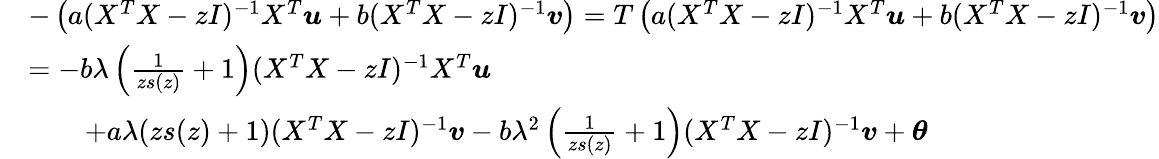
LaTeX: \begin{array}{rl}&{-\left(a(X^{T}X-zI)^{-1}X^{T}{\boldsymbol u}+b(X^{T}X-zI)^{-1}{\boldsymbol v}\right)=T\left(a(X^{T}X-zI)^{-1}X^{T}{\boldsymbol u}+b(X^{T}X-zI)^{-1}{\boldsymbol v}\right)}\\ &{=-b\lambda\left(\frac{1}{zs(z)}+1\right)(X^{T}X-zI)^{-1}X^{T}{\boldsymbol u}}\\ &{\qquad+a\lambda(zs(z)+1)(X^{T}X-zI)^{-1}{\boldsymbol v}-b\lambda^{2}\left(\frac{1}{zs(z)}+1\right)(X^{T}X-zI)^{-1}{\boldsymbol v}+{\boldsymbol\theta}}\end{array}